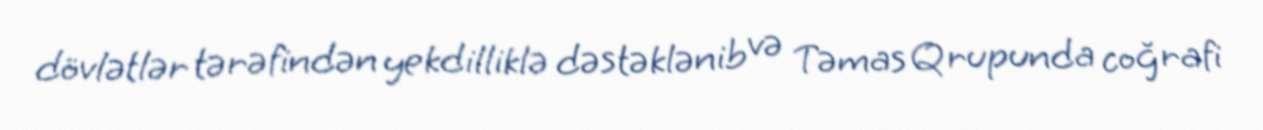
dövlətlər tərəfindən yekdilliklə dəstəklənib və Təmas Qrupunda coğrafi